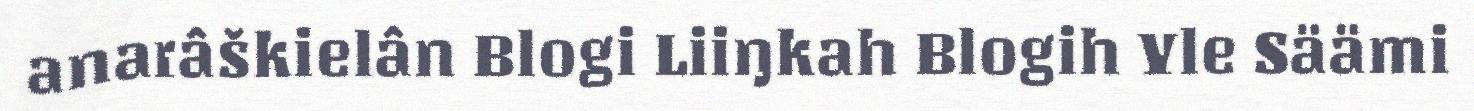
anarâškielân Blogi Liiŋkah Blogih Yle Säämi